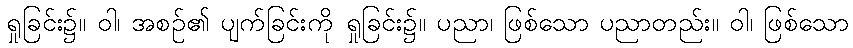
ရှုခြင်း၌။ ဝါ၊ အစဉ်၏ ပျက်ခြင်းကို ရှုခြင်း၌။ ပညာ၊ ဖြစ်သော ပညာတည်း။ ဝါ၊ ဖြစ်သော